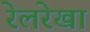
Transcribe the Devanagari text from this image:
रेलरेखा